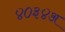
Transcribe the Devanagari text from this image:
४०३४अ